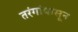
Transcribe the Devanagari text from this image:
तरंगांपासून